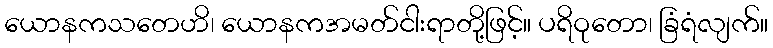
ယောနကသတေဟိ၊ ယောနကအမတ်ငါးရာတို့ဖြင့်။ ပရိဝုတော၊ ခြံရံလျက်။